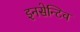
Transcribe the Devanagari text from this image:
इनसेन्टिव